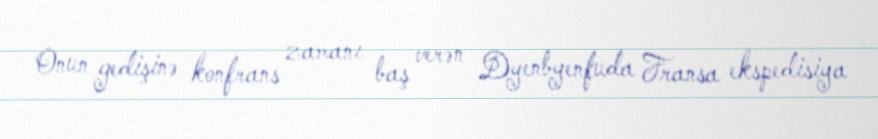
Onun gedişinə konfrans zamanı baş verən Dyenbyenfuda Fransa ekspedisiya